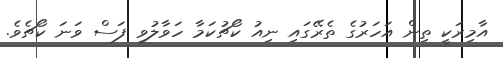
އާމިރަކީ ތިން އަހަރުގެ ތެރޭގައި ނިއު ކޯޗުކަމާ ހަވާލުވި ފަސް ވަނަ ކޯޗެވެ.